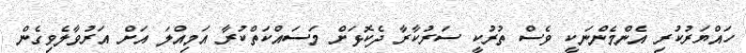
ހައްޔަރުކުރި އެންމެންނަކީ ވެސް ތުރުކީ ސަރުކާރާ ދެކޮޅަށް މަސައްކަތްކުރާ އަމިއްލަ އަށް އަރުވާލެވިގެން